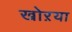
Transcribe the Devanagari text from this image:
खोऱया